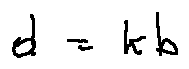
d = k b